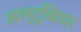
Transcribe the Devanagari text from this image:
अल्ट्बियर